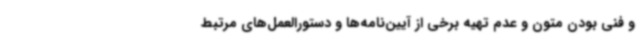
و فنی بودن متون و عدم تهیه برخی از آیین‌نامه‌ها و دستورالعمل‌های مرتبط